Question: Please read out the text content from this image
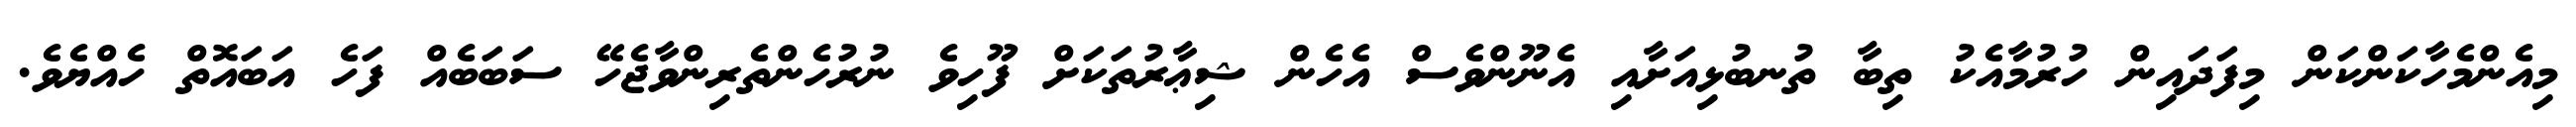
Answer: މިއެންމެހާކަންކަން މިފަދައިން ހުރުމާއެކު ތިބާ ތުނބުޅިއަށާއި އެނޫންވެސް އެހެން ޝިޢާރުތަކަށް ފޫހިވެ ނުރުހެންތެރިންވާޖެހޭ ސަބަބެއް ފަހެ އަބައޮތް ހެއްޔެވެ.